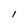
Character: l